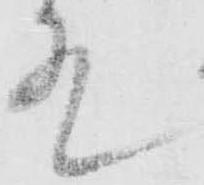
殿